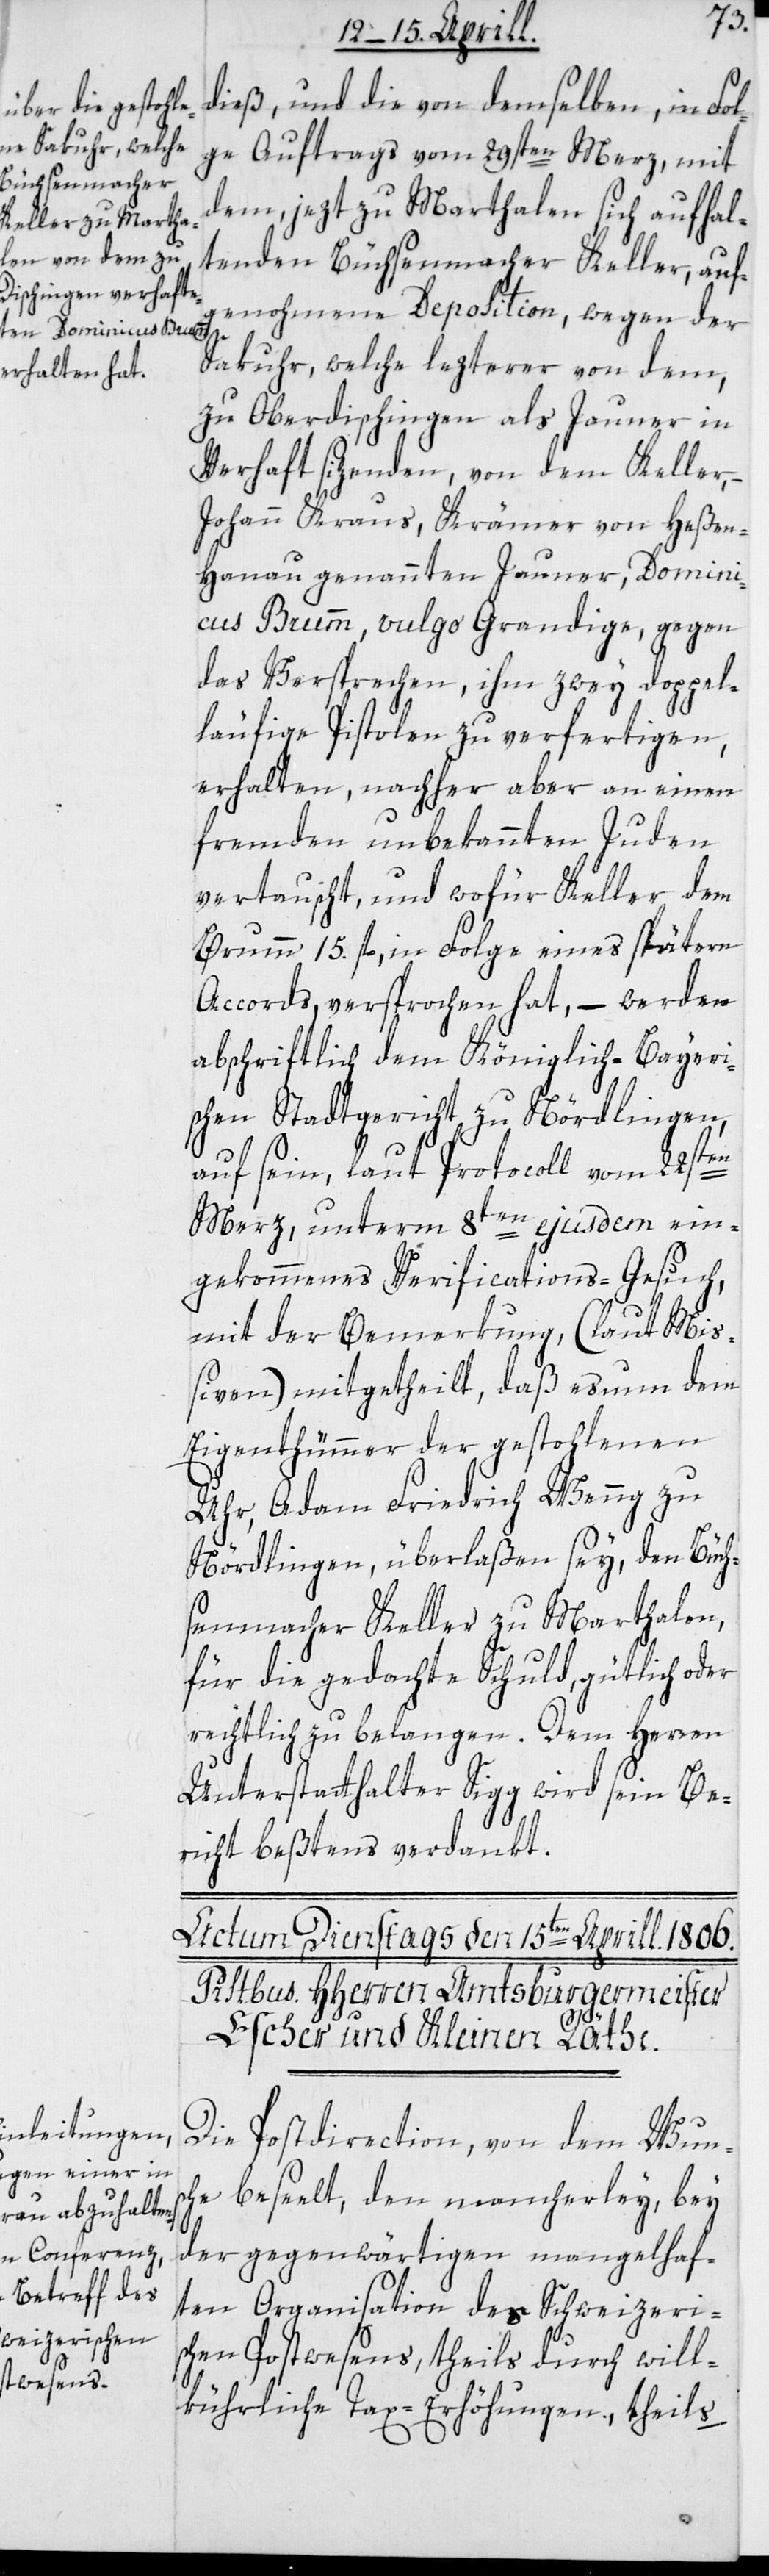
dieß, und die von demselben, in Fol¬
ge Auftrags vom 29sten Merz, mit
dem, jezt zu Marthalen sich aufhal¬
tenden Büchsenmacher Keller, auf¬
genohmene Deposition, wegen der
Sakuhr, welche lezterer von dem,
zu Oberdischingen als Jauner in
Verhaft sitzenden, von dem Keller,
Johann Kraus, Krämer von Heße¬
n-Hanau genannten Jauner, Domini¬
cus Brumm, vulgo Grandige, gegen
das Versprechen, ihm zwey doppel¬
läufige Pistolen zu verfertigen,
erhalten, nachher aber an einen
fremden unbekannten Juden
vertauscht, und wofür Keller, dem
Brumm 15 fl., in Folge eines spätern
Accords, versprochen hat, – werden
abschriftlich dem Königlich-Bayeri¬
schen Stadtgericht zu Nördlingen,
auf sein, laut Protocoll vom 22sten
Merz, unterm 8ten ejusdem ein¬
gekommenes Verifications-Gesuch,
mit der Bemerkung, (laut Mi¬
ßiven) mitgetheilt, daß es nun dem
Eigenthümer der gestohlenen
Uhr, Adam Friedrich Wenng zu
Nördlingen, überlaßen sey, den Büch¬
senmacher Keller zu Marthalen,
für die gedachte Schuld gütlich oder
richtlich zu belangen. Dem Herren
Unterstatthalter Sigg wird sein Be¬
richt beßtens verdankt.
Die Postdirection, von dem Wuns¬
che beseelt, den mancherley, bey
der gegenwärtigen mangelhaf¬
ten Organisation des Schweizeri¬
schen Postwesens, theils durch will¬
kührliche Tax-Erhöhungen, theils